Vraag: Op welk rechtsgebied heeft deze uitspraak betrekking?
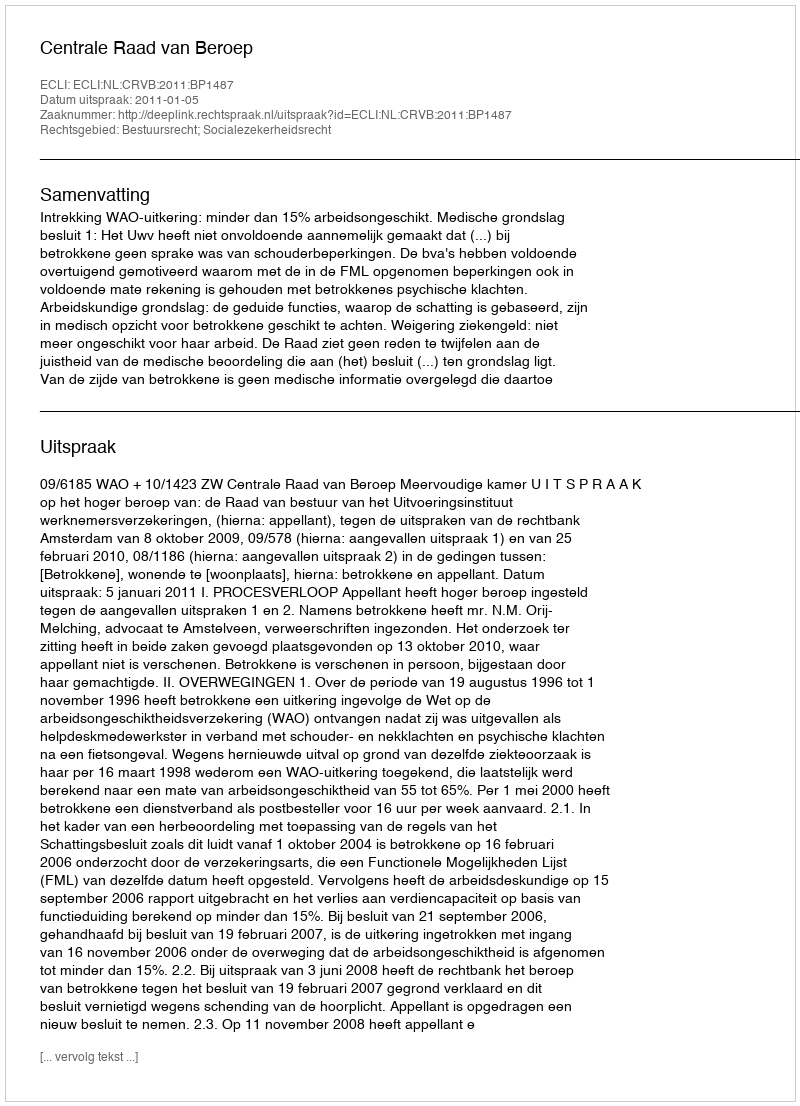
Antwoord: Bestuursrecht; Socialezekerheidsrecht